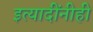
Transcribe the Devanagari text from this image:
इत्यादींनीही